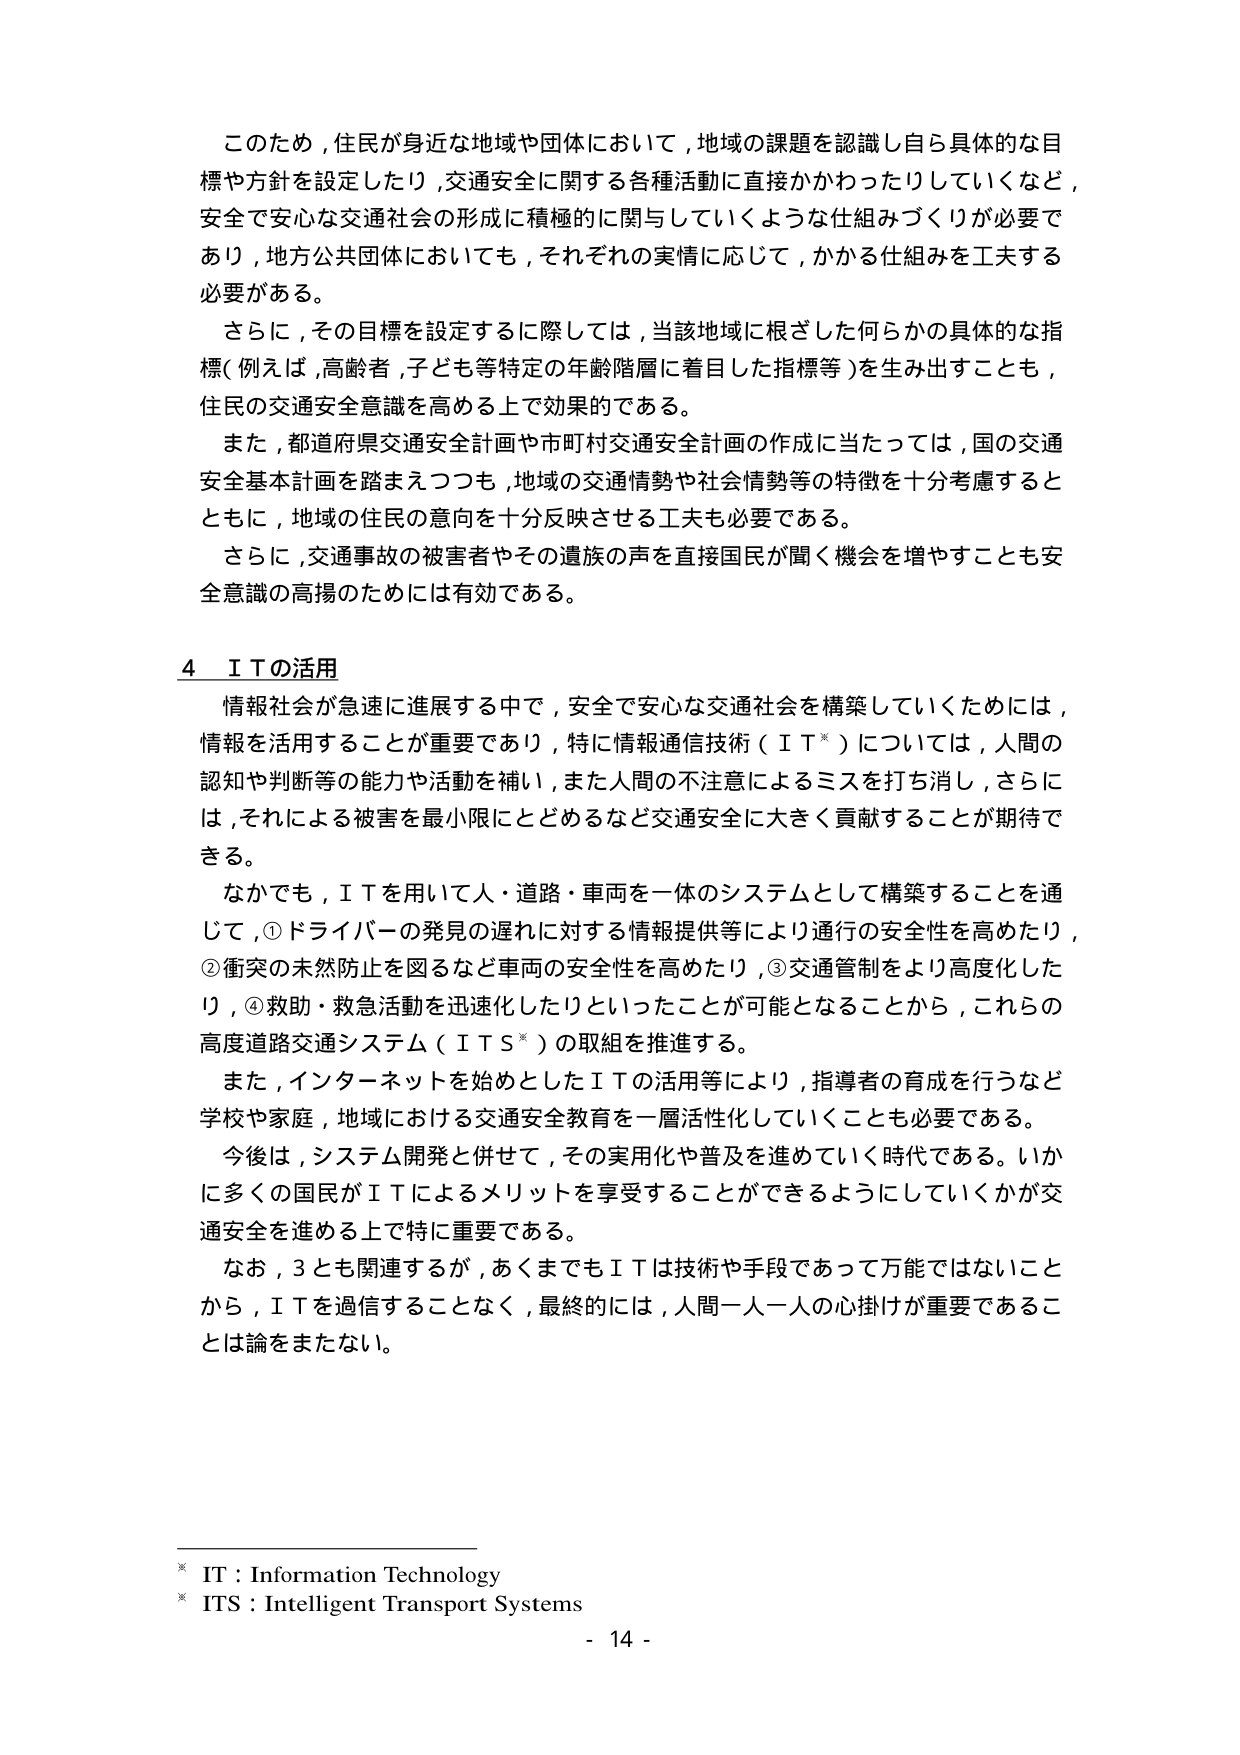
このため，住民が身近な地域や団体において，地域の課題を認識し自ら具体的な目標や方針を設定したり，交通安全に関する各種活動に直接かかわったりしていくなど，安全で安心な交通社会の形成に積極的に関与していくような仕組みづくりが必要であり，地方公共団体においても，それぞれの実情に応じて，かかる仕組みを工夫する必要がある。

さらに，その目標を設定するに際しては，当該地域に根ざした何らかの具体的な指標（例えば，高齢者，子ども等特定の年齢階層に着目した指標等）を生み出すことも，住民の交通安全意識を高める上で効果的である。

また，都道府県交通安全計画や市町村交通安全計画の作成に当たっては，国の交通安全基本計画を踏まえつつも，地域の交通情勢や社会情勢等の特徴を十分考慮するとともに，地域の住民の意向を十分反映させる工夫も必要である。

さらに，交通事故の被害者やその遺族の声を直接国民が聞く機会を増やすことも安全意識の高揚のためには有効である。

4　ＩＴの活用

情報社会が急速に進展する中で，安全で安心な交通社会を構築していくためには，情報を活用することが重要であり，特に情報通信技術（ＩＴ※）については，人間の認知や判断等の能力や活動を補い，また人間の不注意によるミスを打ち消し，さらには，それによる被害を最小限にとどめるなど交通安全に大きく貢献することが期待できる。

なかでも，ＩＴを用いて人・道路・車両を一体のシステムとして構築することを通じて，①ドライバーの発見の遅れに対する情報提供等により通行の安全性を高めたり，②衝突の未然防止を図るなど車両の安全性を高めたり，③交通管制をより高度化したり，④救助・救急活動を迅速化したりといったことが可能となることから，これらの高度道路交通システム（ＩＴＳ※）の取組を推進する。

また，インターネットを始めとしたＩＴの活用等により，指導者の育成を行うなど学校や家庭，地域における交通安全教育を一層活性化していくことも必要である。

今後は，システム開発と併せて，その実用化や普及を進めていく時代である。いかに多くの国民がＩＴによるメリットを享受することができるようしていくかが交通安全を進める上で特に重要である。

なお，3とも関連するが，あくまでもＩＴは技術や手段であって万能ではないことから，ＩＴを過信することなく，最終的には，人間一人一人の心掛けが重要であることは論をまたない。

※　IT：Information Technology
※　ITS：Intelligent Transport Systems
- 14 -